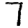
Digit: 7